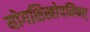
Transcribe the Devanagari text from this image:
योगशिखोपनिषत्‌